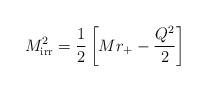
LaTeX: \begin{align*}M_{\rm irr}^2=\frac{1}{2}\left[M r_+ - \frac{Q^2}{2}\right]\end{align*}